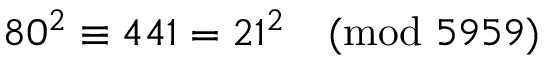
8 0 ^ { 2 } \equiv 4 4 1 = 2 1 ^ { 2 } { \pmod { 5 9 5 9 } }